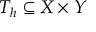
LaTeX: T _ { h } \subseteq X \times Y